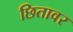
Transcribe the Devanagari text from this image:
छितावर